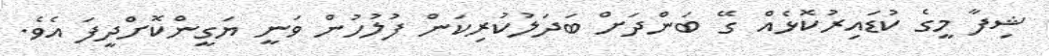
ޝިފާ މީގެ ކުޑައިރުކޮޅެއް ގޭ ބަންދަށް ބަދަލުކުރިކަން ފުލުހުން ވަނީ ޔަގީންކޮށްދީފަ އެވެ.